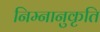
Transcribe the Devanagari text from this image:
निम्नानुकृति